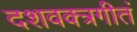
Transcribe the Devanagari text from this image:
दशवक्त्रगीतं